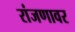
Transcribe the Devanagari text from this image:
रांजणावर